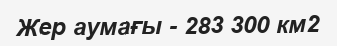
Жер аумағы - 283 300 км2